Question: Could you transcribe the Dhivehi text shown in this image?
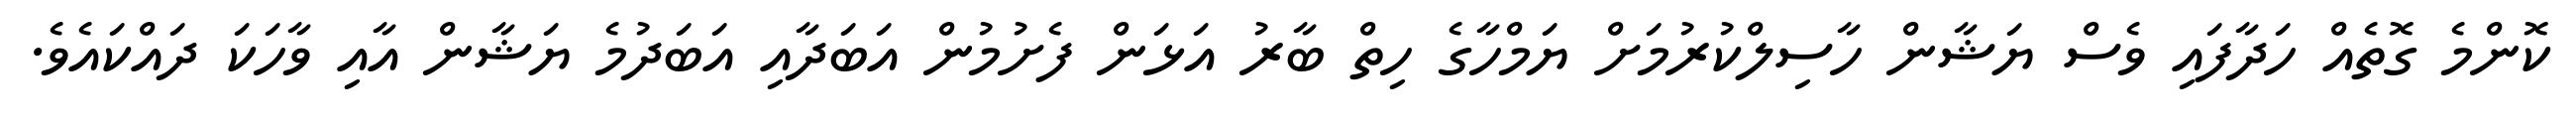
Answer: ކޮންމެ ގޮތެއް ހަދާފައި ވެސް ޔަޝާން ހާސިލްކުރުމަށް ޔަމްހާގެ ހިތް ބާރު އަޅަން ފެށުމުން އަބަދާއި އަބަދުމެ ޔަޝާން އާއި ވާހަކަ ދައްކައެވެ.